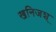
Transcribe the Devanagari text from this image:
खनिजश्